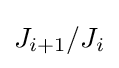
J_{i+1}/J_{i}